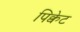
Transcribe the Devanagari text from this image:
पिक्वेट